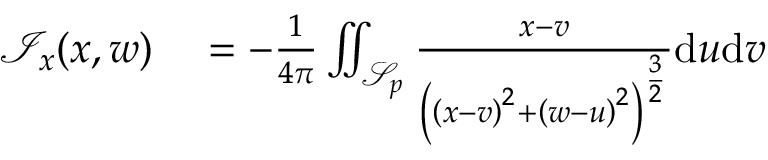
\begin{array} { r l } { \mathcal { I } _ { x } ( x , w ) } & { { } = - \frac { 1 } { 4 \pi } \iint _ { \mathcal { S } _ { p } } \frac { x - v } { \left( \left( x - v \right) ^ { 2 } + \left( w - u \right) ^ { 2 } \right) ^ { \frac { 3 } { 2 } } } \mathrm { d } u \mathrm { d } v } \end{array}